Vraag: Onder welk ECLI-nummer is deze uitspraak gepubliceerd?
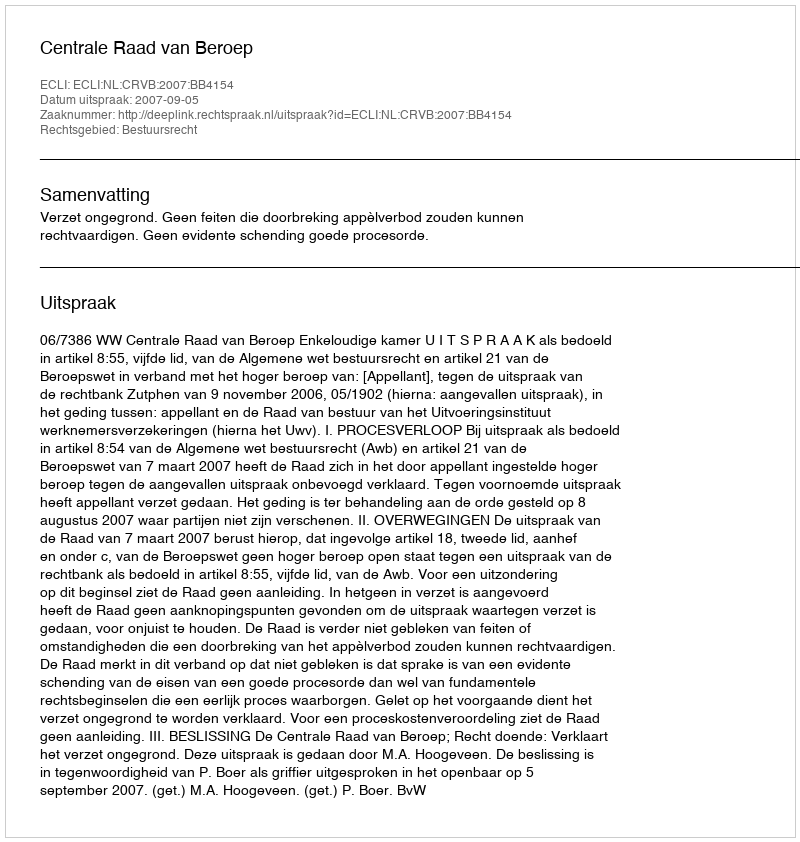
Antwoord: ECLI:NL:CRVB:2007:BB4154